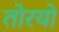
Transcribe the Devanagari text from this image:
तोरयो